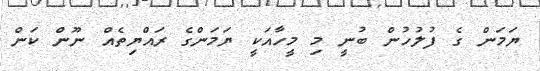
ޔަމަން ގެ ފުލުހުން ބުނީ މި މީހާއަކީ ޔަމަންގެ ރައްޔިތެއް ނޫން ކަން